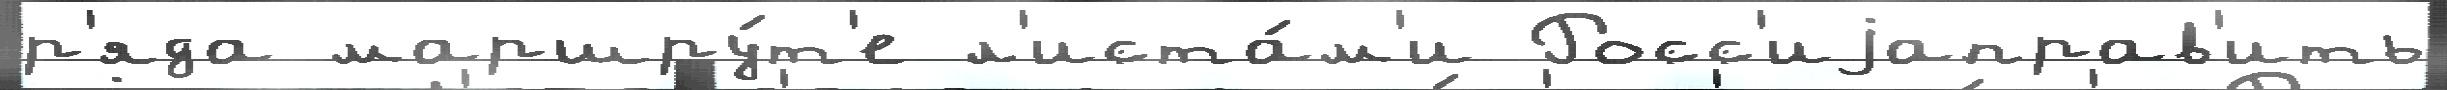
р'яда маршру́т'е л'иста́м'и Росс'иjаправ'ить